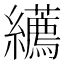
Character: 𦇩